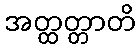
အတ္ထတ္တာတိ